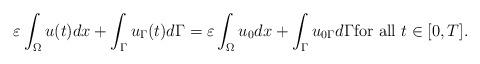
LaTeX: \begin{align*}\varepsilon \int_{\Omega }^{} u(t) dx + \int_{\Gamma }^{} u_{\Gamma }(t) d\Gamma = \varepsilon \int_{\Omega }^{} u_0 dx+\int_{\Gamma }^{} u_{0\Gamma } d\Gamma\mbox{for all }t \in [0,T].\end{align*}